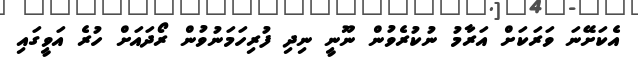
އެކަށޭނަ ވަރަކަށް އަރާމު ނުކުރެވުން ނޫނީ ނިދި ފުރިހަމަނުވުން ރޯދައަށް ހުރެ އަވީގައި